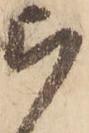
被